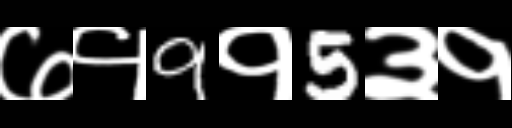
Text: ७१9१5३१